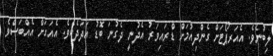
ލިބުނެވެ. އެއަރޕޯޓަށް ގެންދިއުމަށް ޑްރައިވަރު އެދުނީ ދެގުނަ ބޮޑު އަދަދެކެވެ. އެއަގަށް އެއްބަސްވެ